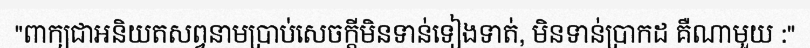
"ពាក្យជាអនិយតសព្វនាមប្រាប់សេចក្តីមិនទាន់ទៀងទាត់, មិនទាន់ប្រាកដ គឺណាមួយ :"